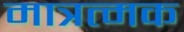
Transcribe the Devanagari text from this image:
मात्रत्मक